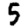
Digit: 5